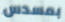
بمسدس